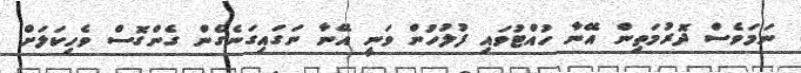
ނަމަވެސް ދޮރުމަތިން އޭނާ ހުއްޓުވައި ފުލުހުން ވަނީ އޭނާ ނަގައިގަނެގެން ގެންގޮސް ވެހިކަލަށް